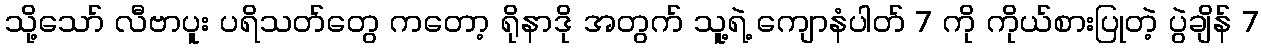
သို့သော် လီဗာပူး ပရိသတ်တွေ ကတော့ ရိုနာဒို အတွက် သူ့ရဲ့ ကျောနံပါတ် 7 ကို ကိုယ်စားပြုတဲ့ ပွဲချိန် 7